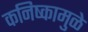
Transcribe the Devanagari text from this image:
कनिष्कामुळे